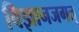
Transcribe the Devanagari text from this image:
विज्ञानजगत्‌